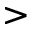
>